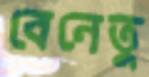
বেনেতু